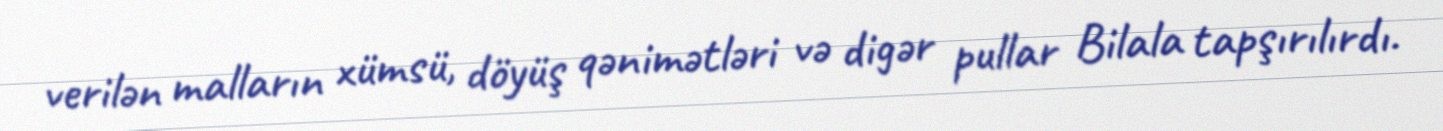
verilən malların xümsü, döyüş qənimətləri və digər pullar Bilala tapşırılırdı.